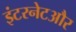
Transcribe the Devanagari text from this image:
इंटरनेटऔर